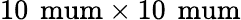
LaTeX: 10\, \mathrm{\ mum}\times 10\, \mathrm{\ mum}